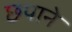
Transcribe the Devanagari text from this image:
छपाने